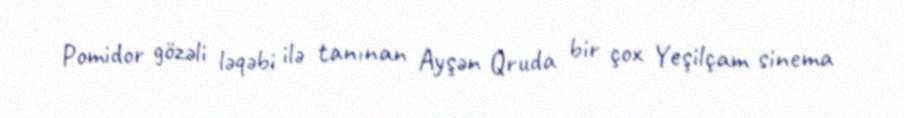
Pomidor gözəli ləqəbi ilə tanınan Ayşən Qruda bir çox Yeşilçam sinema